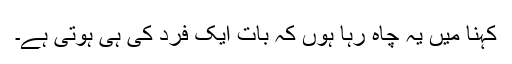
کہنا میں یہ چاہ رہا ہوں کہ بات ایک فرد کی ہی ہوتی ہے۔